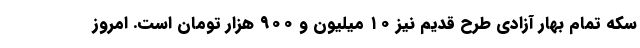
سکه تمام بهار آزادی طرح قدیم نیز ۱۰ میلیون و ۹۰۰ هزار تومان است. امروز